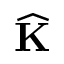
\widehat { \bf K }